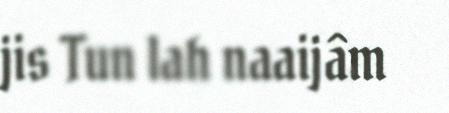
jis Tun lah naaijâm